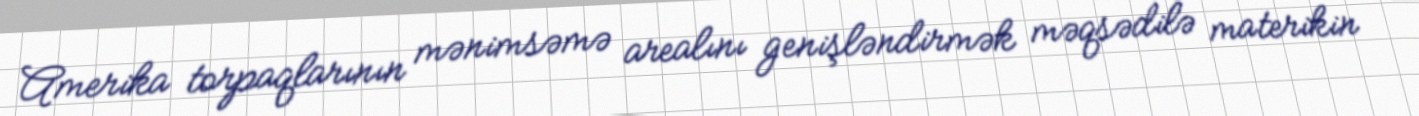
Amerika torpaqlarının mənimsəmə arealını genişləndirmək məqsədilə materikin